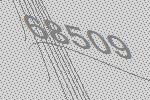
68509